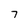
Character: 7